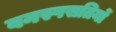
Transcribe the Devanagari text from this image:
वनस्पसतियों